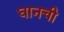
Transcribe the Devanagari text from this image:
घानची